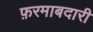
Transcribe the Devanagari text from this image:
फ़रमाबदारी